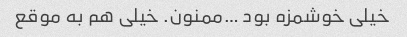
خیلی خوشمزه بود …ممنون. خیلی هم به موقع